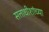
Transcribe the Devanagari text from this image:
सत्ताधीशांच्या